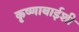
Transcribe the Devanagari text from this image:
कृष्णाबाईशी